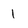
Character: 1